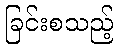
ခြင်းစသည့်